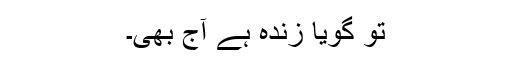
تو گویا زندہ ہے آج بھی۔